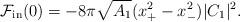
LaTeX: \begin{align*}{\cal F}_{\rm in}(0) = - 8 \pi \sqrt{A_1} ( x_+^2 - x_-^2) | C_1 |^2 .\end{align*}